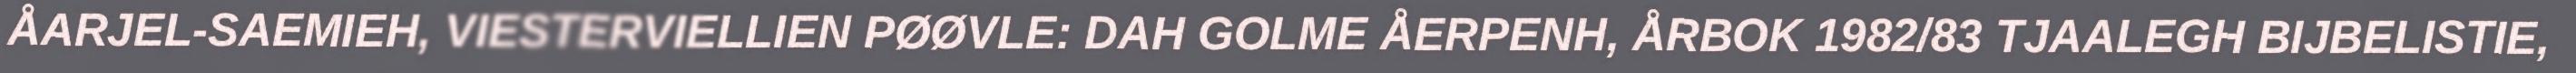
ÅARJEL-SAEMIEH, VIESTERVIELLIEN PØØVLE: DAH GOLME ÅERPENH, ÅRBOK 1982/83 TJAALEGH BIJBELISTIE,